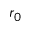
r _ { 0 }